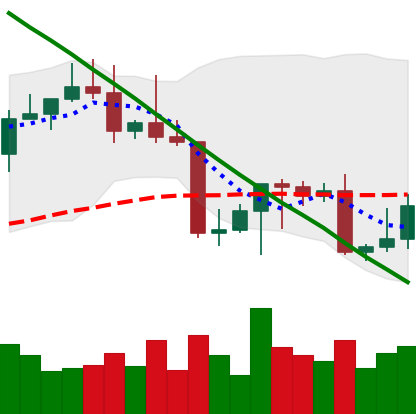
Ticker: LTC-USD
Chart end date: 2022-08-29
Forward return: 7.823%
Label: up_7plus